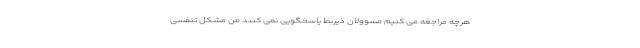
هرچه مراجعه می کنیم مسوولان ذیربط پاسخگویی نمی کنند من مشکل تنفسی